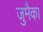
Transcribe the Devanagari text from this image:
जुमैका